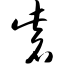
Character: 砦